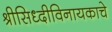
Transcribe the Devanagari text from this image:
श्रीसिध्दीविनायकाचे